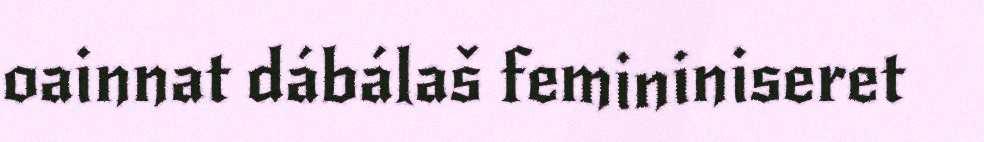
oainnat dábálaš femininiseret